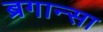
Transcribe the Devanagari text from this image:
ब्रगान्सा